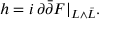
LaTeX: h = i \, \partial { \bar { \partial } } F | _ { L \wedge { \bar { L } } } .